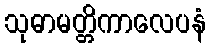
သုဓာမတ္တိကာလေပနံ